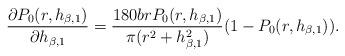
LaTeX: \begin{align*}\frac{\partial P_{0}(r, h_{\beta,1})}{\partial h_{\beta,1}} = \frac{180 b r P_{0}(r, h_{\beta,1})}{\pi (r^2 + h_{\beta,1}^2)}(1-P_{0}(r, h_{\beta,1})).\end{align*}